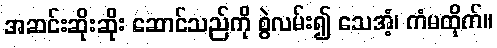
အဆင်းဆိုးဆိုး ဆောင်သည်ကို စွဲလမ်း၍ သေအံ့၊ ကံမထိုက်။